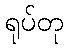
ရုပ်တု